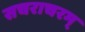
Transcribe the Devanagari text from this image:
सचराचरम्